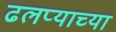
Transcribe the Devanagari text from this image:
ढलप्याच्या